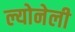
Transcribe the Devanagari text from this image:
ल्योनेली